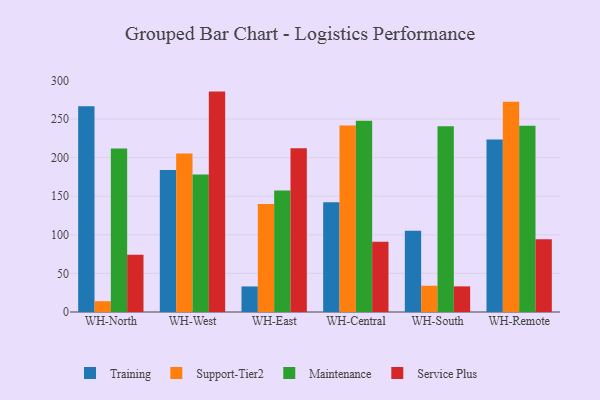
{"axis": {"x": "Warehouse", "y": "Energy Usage (MWh)"}, "legend": ["Maintenance", "Service Plus", "Support-Tier2", "Training"], "data": [{"x": "WH-North", "y": 266.4, "type": "Training"}, {"x": "WH-North", "y": 14.0, "type": "Support-Tier2"}, {"x": "WH-North", "y": 211.9, "type": "Maintenance"}, {"x": "WH-North", "y": 74.0, "type": "Service Plus"}, {"x": "WH-West", "y": 184.1, "type": "Training"}, {"x": "WH-West", "y": 205.3, "type": "Support-Tier2"}, {"x": "WH-West", "y": 178.0, "type": "Maintenance"}, {"x": "WH-West", "y": 285.5, "type": "Service Plus"}, {"x": "WH-East", "y": 33.1, "type": "Training"}, {"x": "WH-East", "y": 140.0, "type": "Support-Tier2"}, {"x": "WH-East", "y": 157.4, "type": "Maintenance"}, {"x": "WH-East", "y": 212.1, "type": "Service Plus"}, {"x": "WH-Central", "y": 142.1, "type": "Training"}, {"x": "WH-Central", "y": 241.5, "type": "Support-Tier2"}, {"x": "WH-Central", "y": 247.7, "type": "Maintenance"}, {"x": "WH-Central", "y": 91.0, "type": "Service Plus"}, {"x": "WH-South", "y": 105.2, "type": "Training"}, {"x": "WH-South", "y": 34.0, "type": "Support-Tier2"}, {"x": "WH-South", "y": 240.6, "type": "Maintenance"}, {"x": "WH-South", "y": 33.2, "type": "Service Plus"}, {"x": "WH-Remote", "y": 223.6, "type": "Training"}, {"x": "WH-Remote", "y": 272.2, "type": "Support-Tier2"}, {"x": "WH-Remote", "y": 241.4, "type": "Maintenance"}, {"x": "WH-Remote", "y": 94.2, "type": "Service Plus"}]}